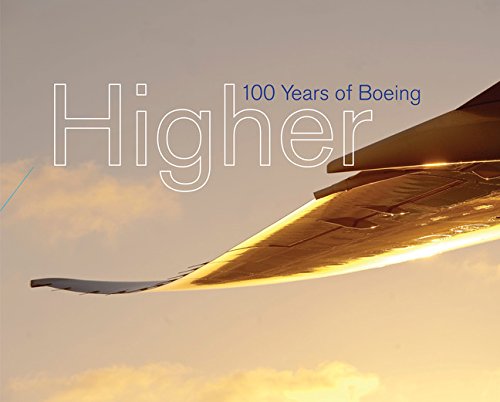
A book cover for Higher: 100 Years of Boeing; Russ Banham; Engineering & Transportation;